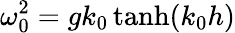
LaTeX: \omega_{0}^{2}=gk_{0}\operatorname{tanh}(k_{0}h)